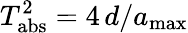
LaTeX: T_{\mathrm{abs}}^{2}=4\, d/a_{\mathrm{max}}